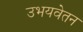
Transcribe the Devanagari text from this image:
उभयवेतन